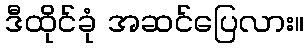
ဒီထိုင်ခုံ အဆင်ပြေလား။